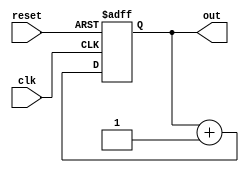
module upcounter(
  input clk, reset,
  output reg [3:0] out
);
  
  always @(posedge clk or posedge reset) begin
    
    if(reset)
      out <= 4'b0000;
    
    else
      
      out <= out +1;
    
  end
  
endmodule